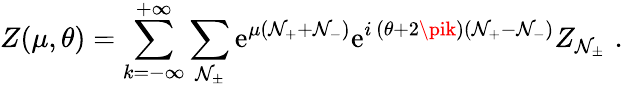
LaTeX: Z(\mu,\theta)=\sum_{k=-\infty}^{+\infty}\sum_{\mathcal{N}_{\pm}}\mathrm{{e}}^{\mu(\mathcal{N}_{+}+\mathcal{N}_{-})}\mathrm{{e}}^{i\, (\theta+2\pik)(\mathcal{N}_{+}-\mathcal{N}_{-})}Z_{\mathcal{N}_{\pm}}\, \, .